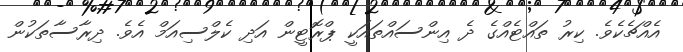
އެއްޗެކެވެ. ކިރު ތައްޓެއްގެ ދެ އިންސައްތައަކީ ޕްރޮޓީން އަދި ކެލްސިއަމް އެވެ. ދިރާސާތަކުން